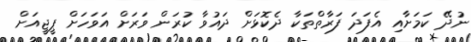
ނުދޭ ކަމަށާއި އެފަދަ ފަރާތްތަކާ ދެކޮޅަށް ދައުވާ ކުރަން ވަރަށް އަވަހަށް ޕީޖީއަށް